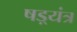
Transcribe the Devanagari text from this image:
षड़्यंत्र